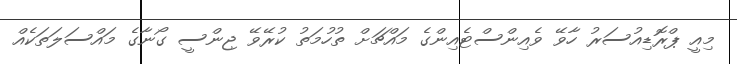
މިއީ ޕްރޮޑިއުސަރު ހާވޭ ވެއިންސްޓެއިންގެ މައްޗަށް ތުހުމަތު ކުރޭވޭ ޖިންސީ ގޯނާގެ މައްސަލަތަކެއް